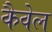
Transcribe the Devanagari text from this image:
कैवेल